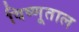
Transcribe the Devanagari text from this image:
विष्णूताल